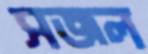
সজল